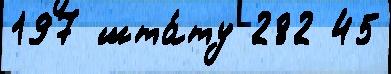
197 шта́ту 282 45